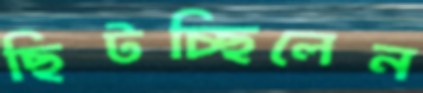
ছিটচ্ছিলেন